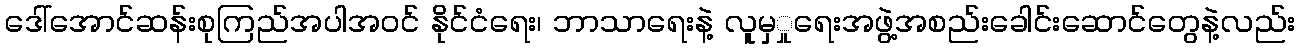
ဒေါ်အောင်ဆန်းစုကြည်အပါအဝင် နိုင်ငံရေး၊ ဘာသာရေးနဲ့ လူမှှုရေးအဖွဲ့အစည်းခေါင်းဆောင်တွေနဲ့လည်း